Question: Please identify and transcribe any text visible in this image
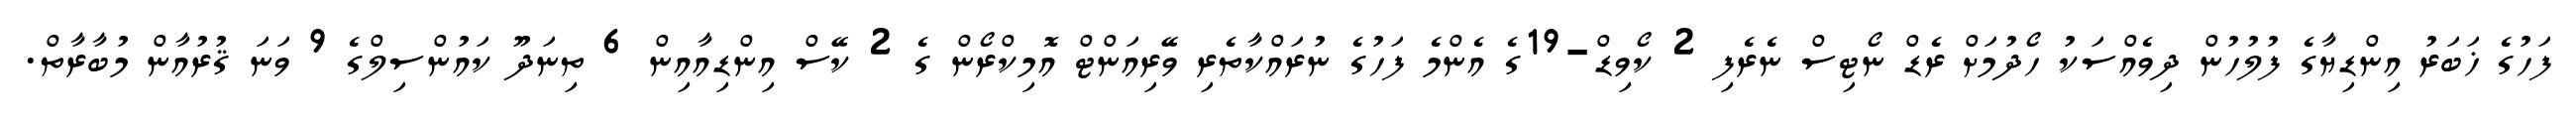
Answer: ފަހުގެ ޚަބަރު އިންޑިޔާގެ ފުލުހުން ދިވެއްސަކު ހޯދުމަށް ރެޑް ނޯޓިސް ނެރެފި 2 ކޯވިޑް-19ގެ އެންމެ ފަހުގެ ނުރައްކާތެރި ވޭރިއަންޓް އޮމިކްރޯން ގެ 2 ކޭސް އިންޑިއާއިން 6 ތިނަދޫ ކައުންސިލްގެ 9 ވަނަ ޤުރުއާން މުބާރާތް.